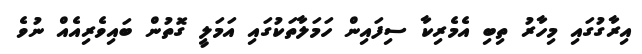
އިރާގުގައި މިހާރު ތިބި އެމެރިކާ ސިފައިން ހަމަލާތަކުގައި އަމަލީ ގޮތުން ބައިވެރިއެއް ނުވެ